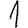
Digit: 1